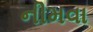
નીમવા